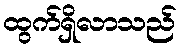
ထွက်ရှိလာသည်